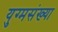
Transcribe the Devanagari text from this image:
युग्मसंख्या